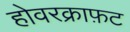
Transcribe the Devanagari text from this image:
होवरक्राफ़ट